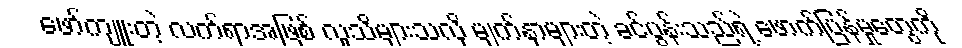
ဖော်ကျူးတဲ့ လက်ရာအဖြစ် လူသိများသလို မျက်နှာများတဲ့ ခင်ပွန်းသည်ရဲ့ ဖောက်ပြန်မှုတွေကို